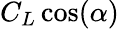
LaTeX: C_{L}\cos(\alpha)